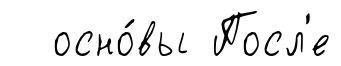
осно́вы Посл'е